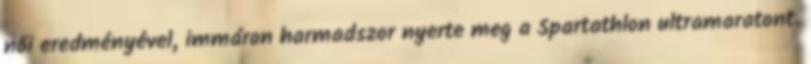
női eredményével, immáron harmadszor nyerte meg a Spartathlon ultramaratont.